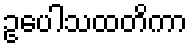
ဥပေါသထတိကာ